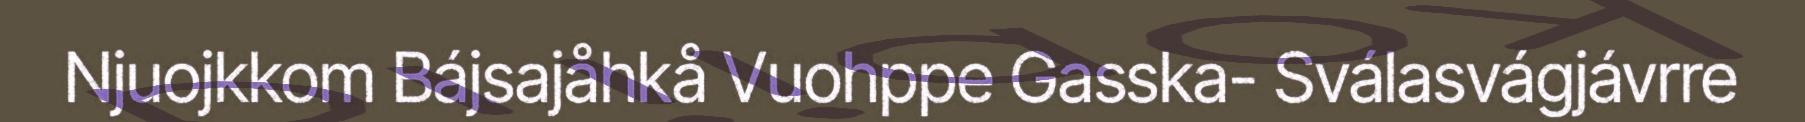
Njuojkkom Bájsajåhkå Vuohppe Gasska- Sválasvágjávrre